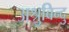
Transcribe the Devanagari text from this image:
अश्रुबिन्दु